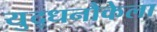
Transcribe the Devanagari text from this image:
युद्धनौकेला